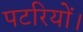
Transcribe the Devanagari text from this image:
पटरियों।